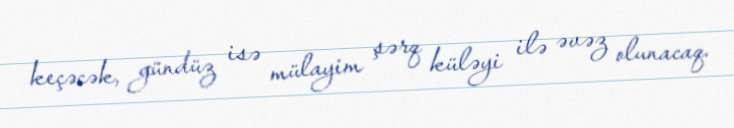
keçəcək, gündüz isə mülayim şərq küləyi ilə əvəz olunacaq.